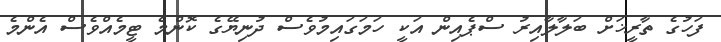
ފަހުގެ ތާރީޚަށް ބަލާލާއިރު ސްޕެއިން އަކީ ހަމަގައިމުވެސް ދުނިޔޭގެ ކޮންމެ ޓީމެއްވެސް އެންމެ